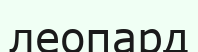
леопард